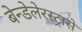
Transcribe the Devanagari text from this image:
बेन्डेलेरस्ट्रासे